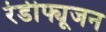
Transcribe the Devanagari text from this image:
रेडीफ्यूजन